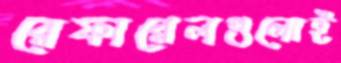
রেফারেলগুলোই